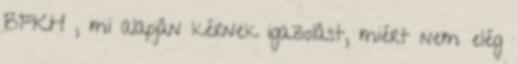
BFKH , mi alapján kérnek igazolást, miért nem elég